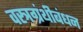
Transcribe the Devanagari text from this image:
वस्त्रग्रंथीबंधन